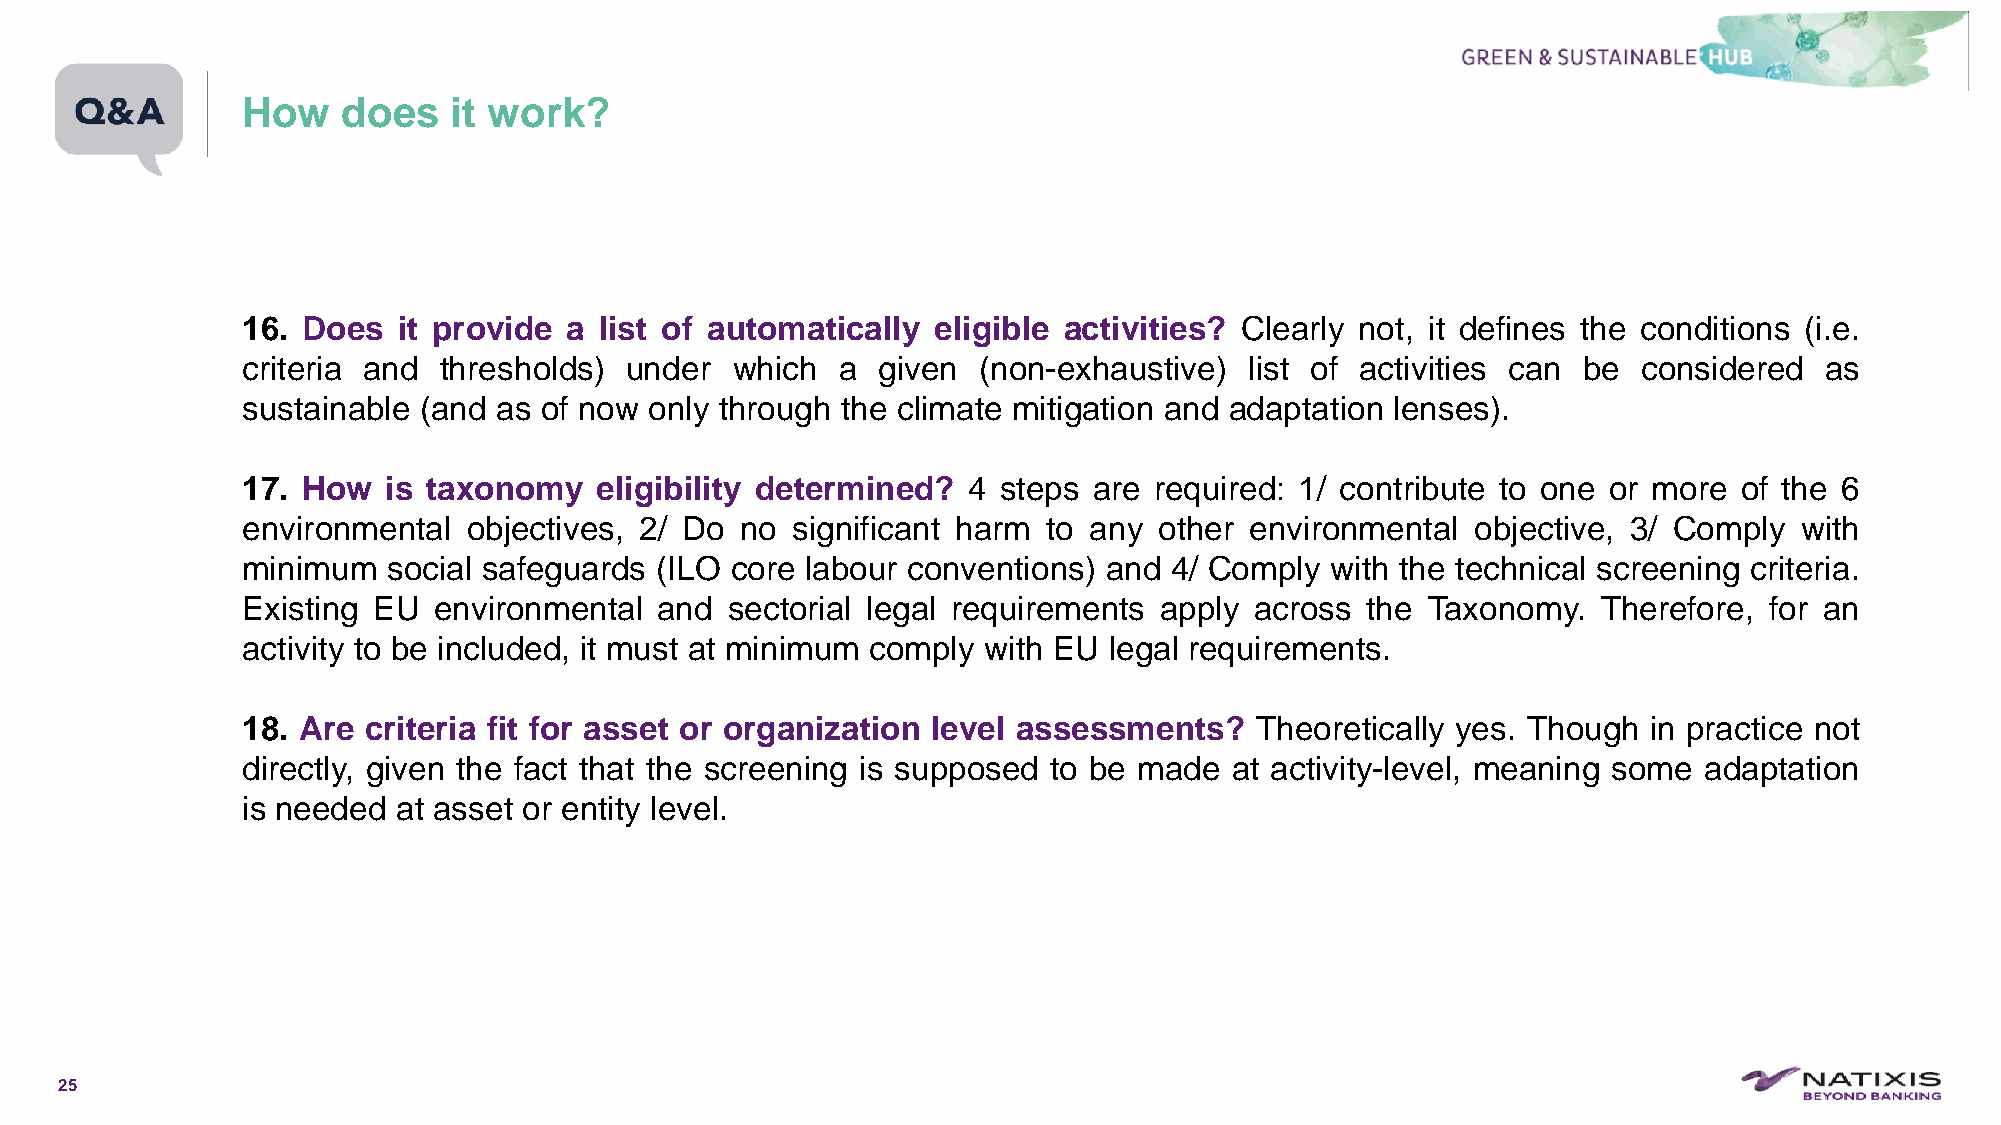
How    does   it work?
 16. Does  it provide a  list of automatically eligible activities? Clearly not, it defines the conditions (i.e.
 criteria and thresholds) under  which  a  given  (non-exhaustive)  list of activities can be considered  as
 sustainable (and as of now only through the climate mitigation and adaptation lenses).
 17. How  is taxonomy   eligibility determined?  4 steps are required: 1/ contribute to one or more of the 6
 environmental  objectives, 2/ Do no significant harm to any  other environmental  objective, 3/ Comply with
 minimum   social safeguards (ILO core labour conventions) and 4/ Comply with the technical screening criteria.
 Existing EU  environmental  and sectorial legal requirements apply across the Taxonomy.   Therefore, for an
 activity to be included, it must at minimum comply with EU legal requirements.
 18. Are criteria fit for asset or organization level assessments?  Theoretically yes. Though in practice not
 directly, given the fact that the screening is supposed to be made at activity-level, meaning some adaptation
 is needed at asset or entity level.
 25
 C1-PublicNat